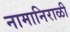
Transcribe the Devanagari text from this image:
नामानिराळी